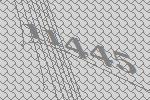
11445